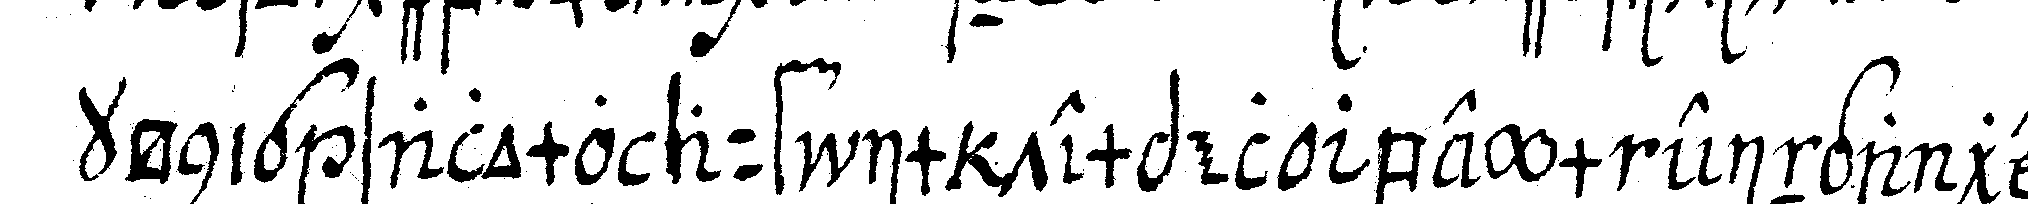
könig salomo auf im tempel beym eingange